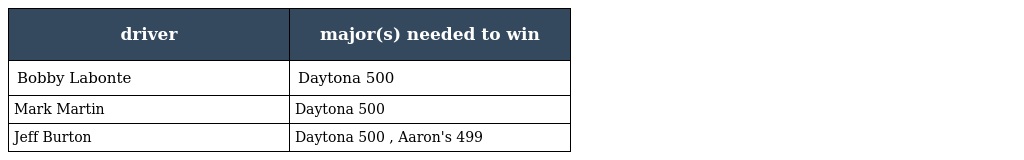
| driver | major(s) needed to win |
 | --- | --- |
 | Bobby Labonte | Daytona 500 |
 | Mark Martin | Daytona 500 |
 | Jeff Burton | Daytona 500 , Aaron's 499 |